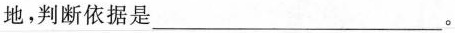
地，判断依据是___。